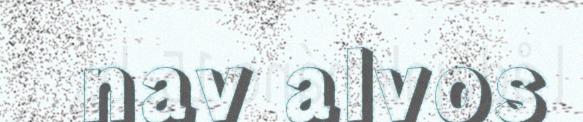
nav alvos